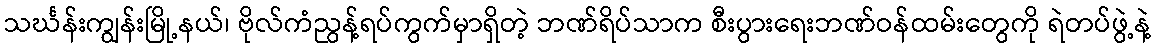
သင်္ဃန်းကျွန်းမြို့နယ်၊ ဗိုလ်ကံညွန့်ရပ်ကွက်မှာရှိတဲ့ ဘဏ်ရိပ်သာက စီးပွားရေးဘဏ်ဝန်ထမ်းတွေကို ရဲတပ်ဖွဲ့နဲ့